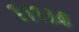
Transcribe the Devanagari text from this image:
१।१।४